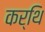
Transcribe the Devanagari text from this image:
कर्थि